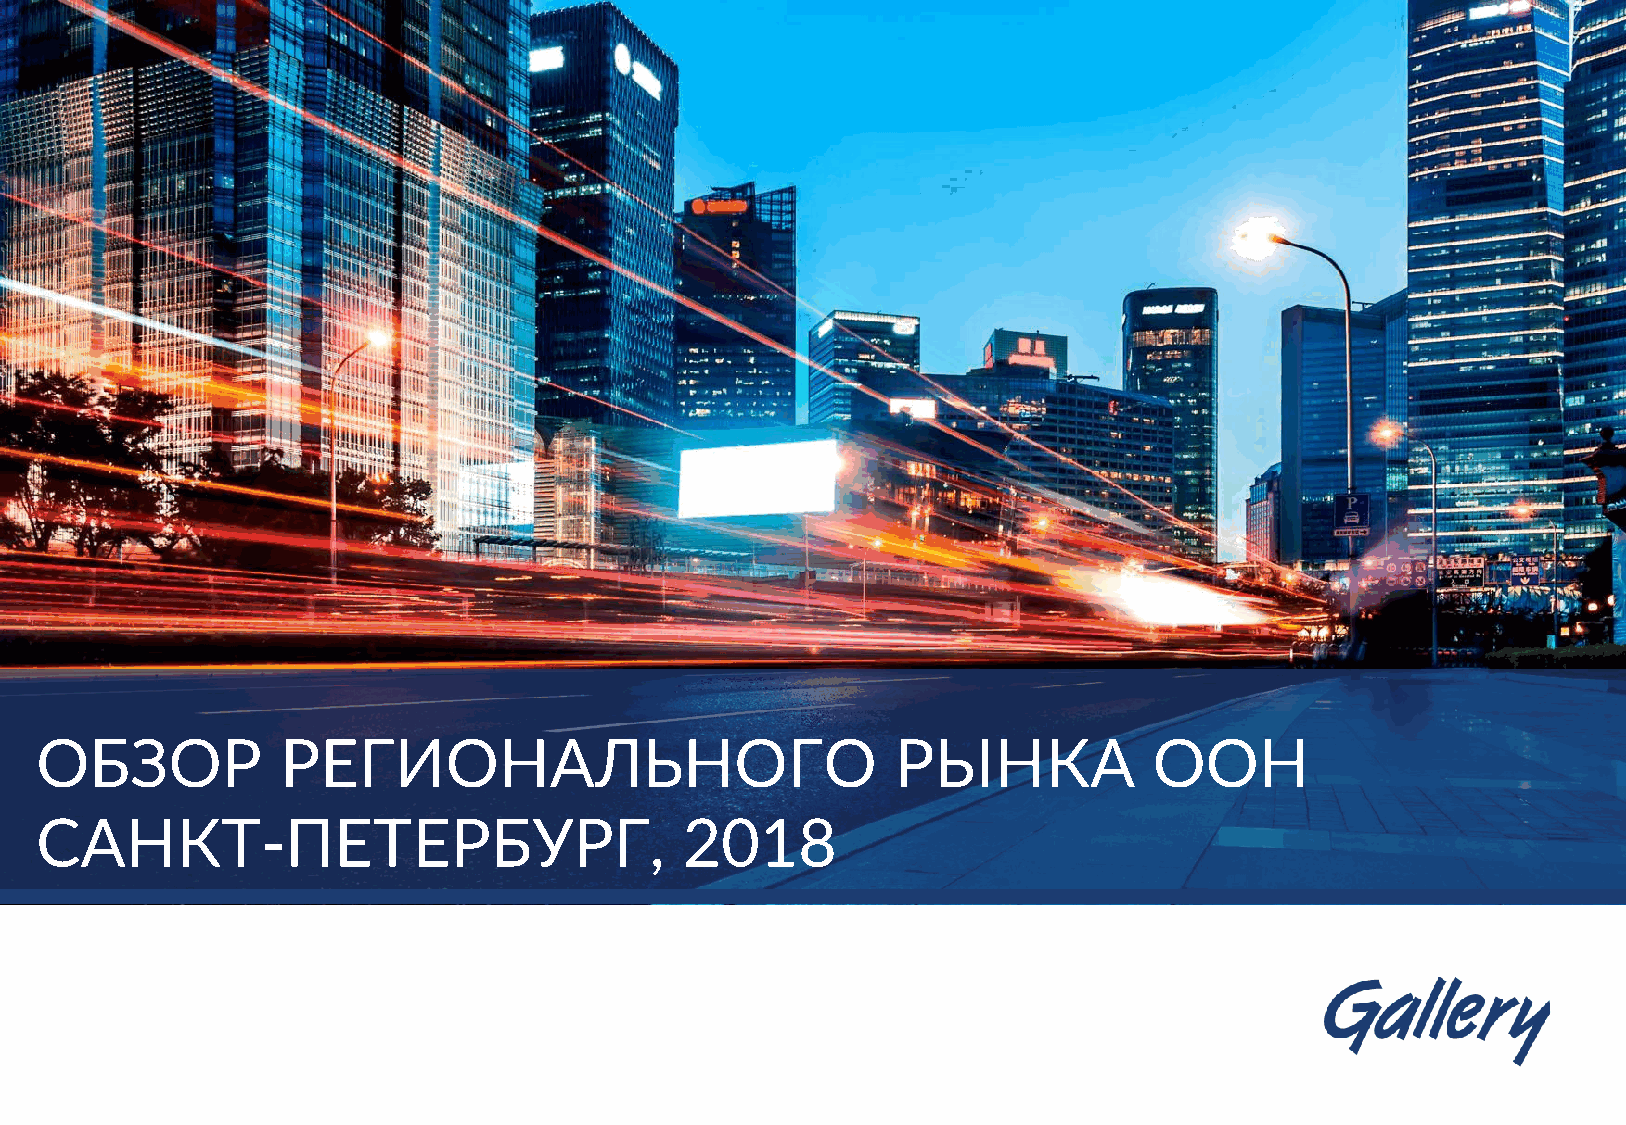
ОБЗОР            РЕГИОНАЛЬНОГО                           РЫНКА            OOH
 САНКТ-ПЕТЕРБУРГ,                           2018